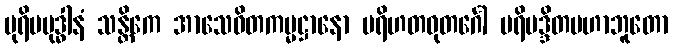
ပုရိမဗုဒ္ဓါနံ သန္တိကေ အာသေဝိတကမ္မဋ္ဌာနော ပရိဟတဓုတင်္ဂေါ ပရိမဒ္ဒိတမဟာဘူတော